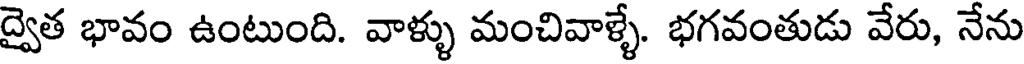
ద్వైత భావం ఉంటుంది. వాళ్ళు మంచివాళ్ళే. భగవంతుడు వేరు, నేను